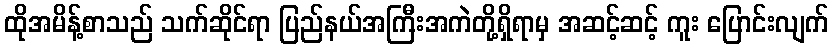
ထိုအမိန့်စာသည် သက်ဆိုင်ရာ ပြည်နယ်အကြီးအကဲတို့ရှိရာမှ အဆင့်ဆင့် ကူး ပြောင်းလျက်